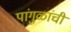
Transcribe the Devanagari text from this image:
पांगुळांची